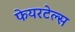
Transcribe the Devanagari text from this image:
फेयरटेल्स